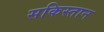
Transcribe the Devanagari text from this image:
सकिस्तान